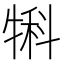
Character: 犐